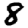
Digit: 8